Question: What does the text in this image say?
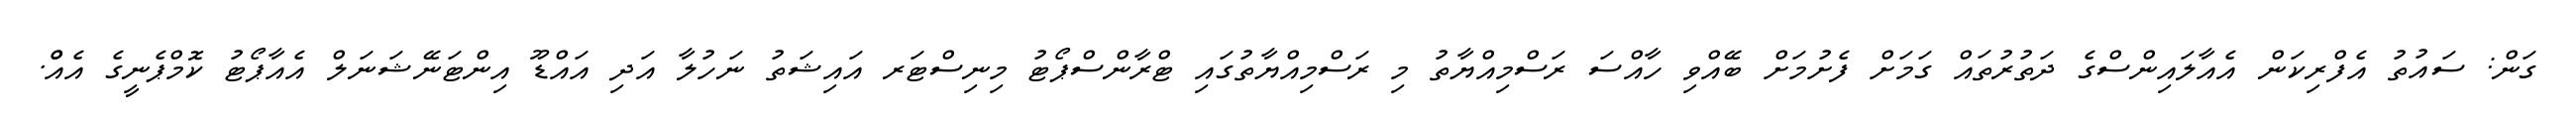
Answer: ގަން: ސައުތު އެފްރިކަން އެއާލައިންސްގެ ދަތުރުތައް ގަމަށް ފެށުމަށް ބޭއްވި ހާއްސަ ރަސްމިއްޔާތު މި ރަސްމިއްޔާތުގައި ޓްރާންސްޕޯޓު މިނިސްޓަރ އައިޝަތު ނަހުލާ އަދި އައްޑޫ އިންޓަނޭޝަނަލް އެއާޕޯޓު ކޮމްޕެނީގެ އެއްް.